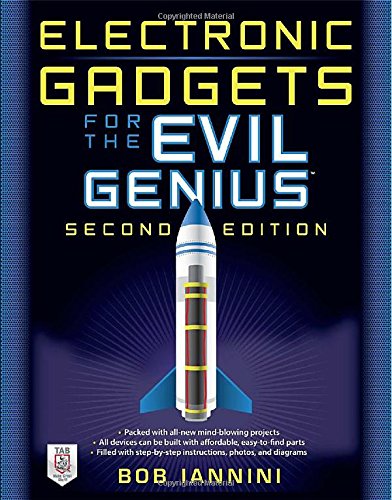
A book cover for Electronic Gadgets for the Evil Genius, Second Edition; Robert Iannini; Science & Math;